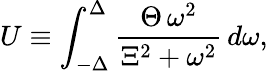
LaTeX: U\equiv\int_{-\Delta}^{\Delta}\frac{\Theta\, \omega^{2}}{\Xi^{2}+\omega^{2}}\, d\omega,